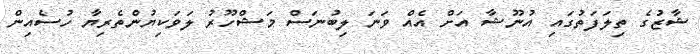
ޝާޒުގެ ތިލަފަތުގައި އުނޫޝާ އަށް އެއް ވަނަ ލިބުނަސް މަޝްހޫރު ލަވަކިޔުންތެރިޔާ ހުސެއިން